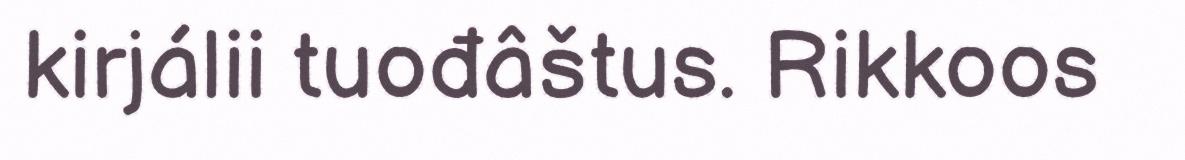
kirjálii tuođâštus. Rikkoos